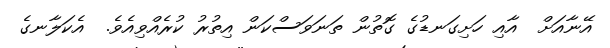
އޭނާއަށް  އާއި ހަށިގަނޑުގެ ގޮތުން ތަނަވަސްކަން އިތުރު ކުރެއްވިއެވެ.  އެކަލާނގެ